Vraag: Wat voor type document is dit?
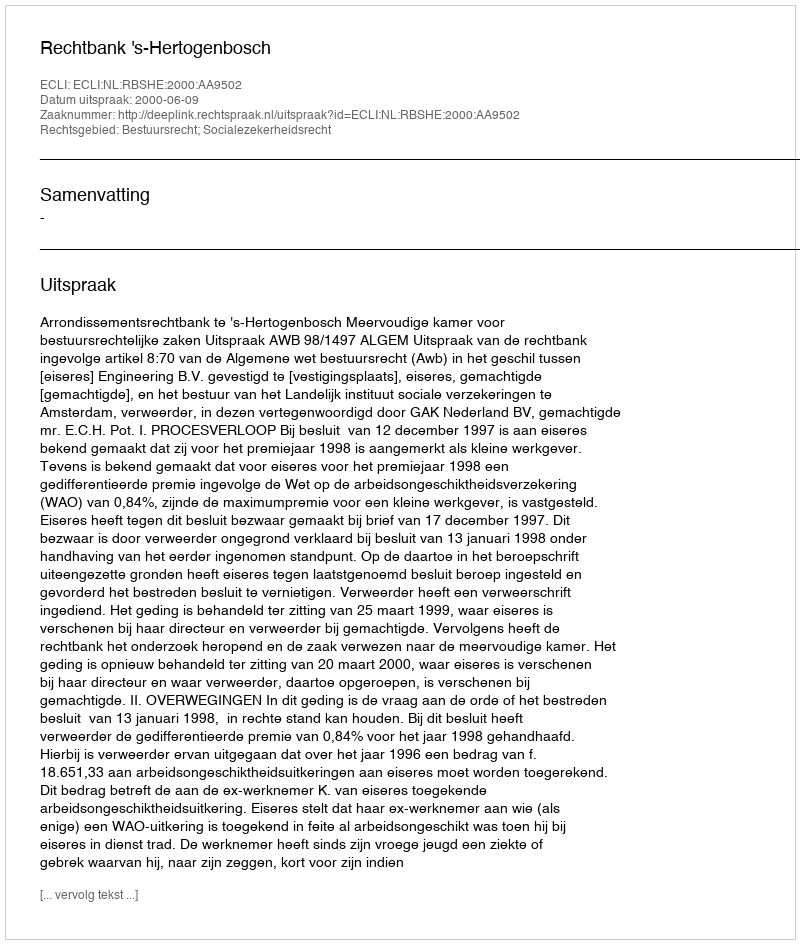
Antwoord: Uitspraak